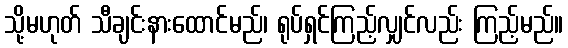
သို့မဟုတ် သီချင်းနားထောင်မည်၊ ရုပ်ရှင်ကြည့်လျှင်လည်း ကြည့်မည်။